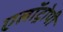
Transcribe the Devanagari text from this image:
एलॉट्रोपी